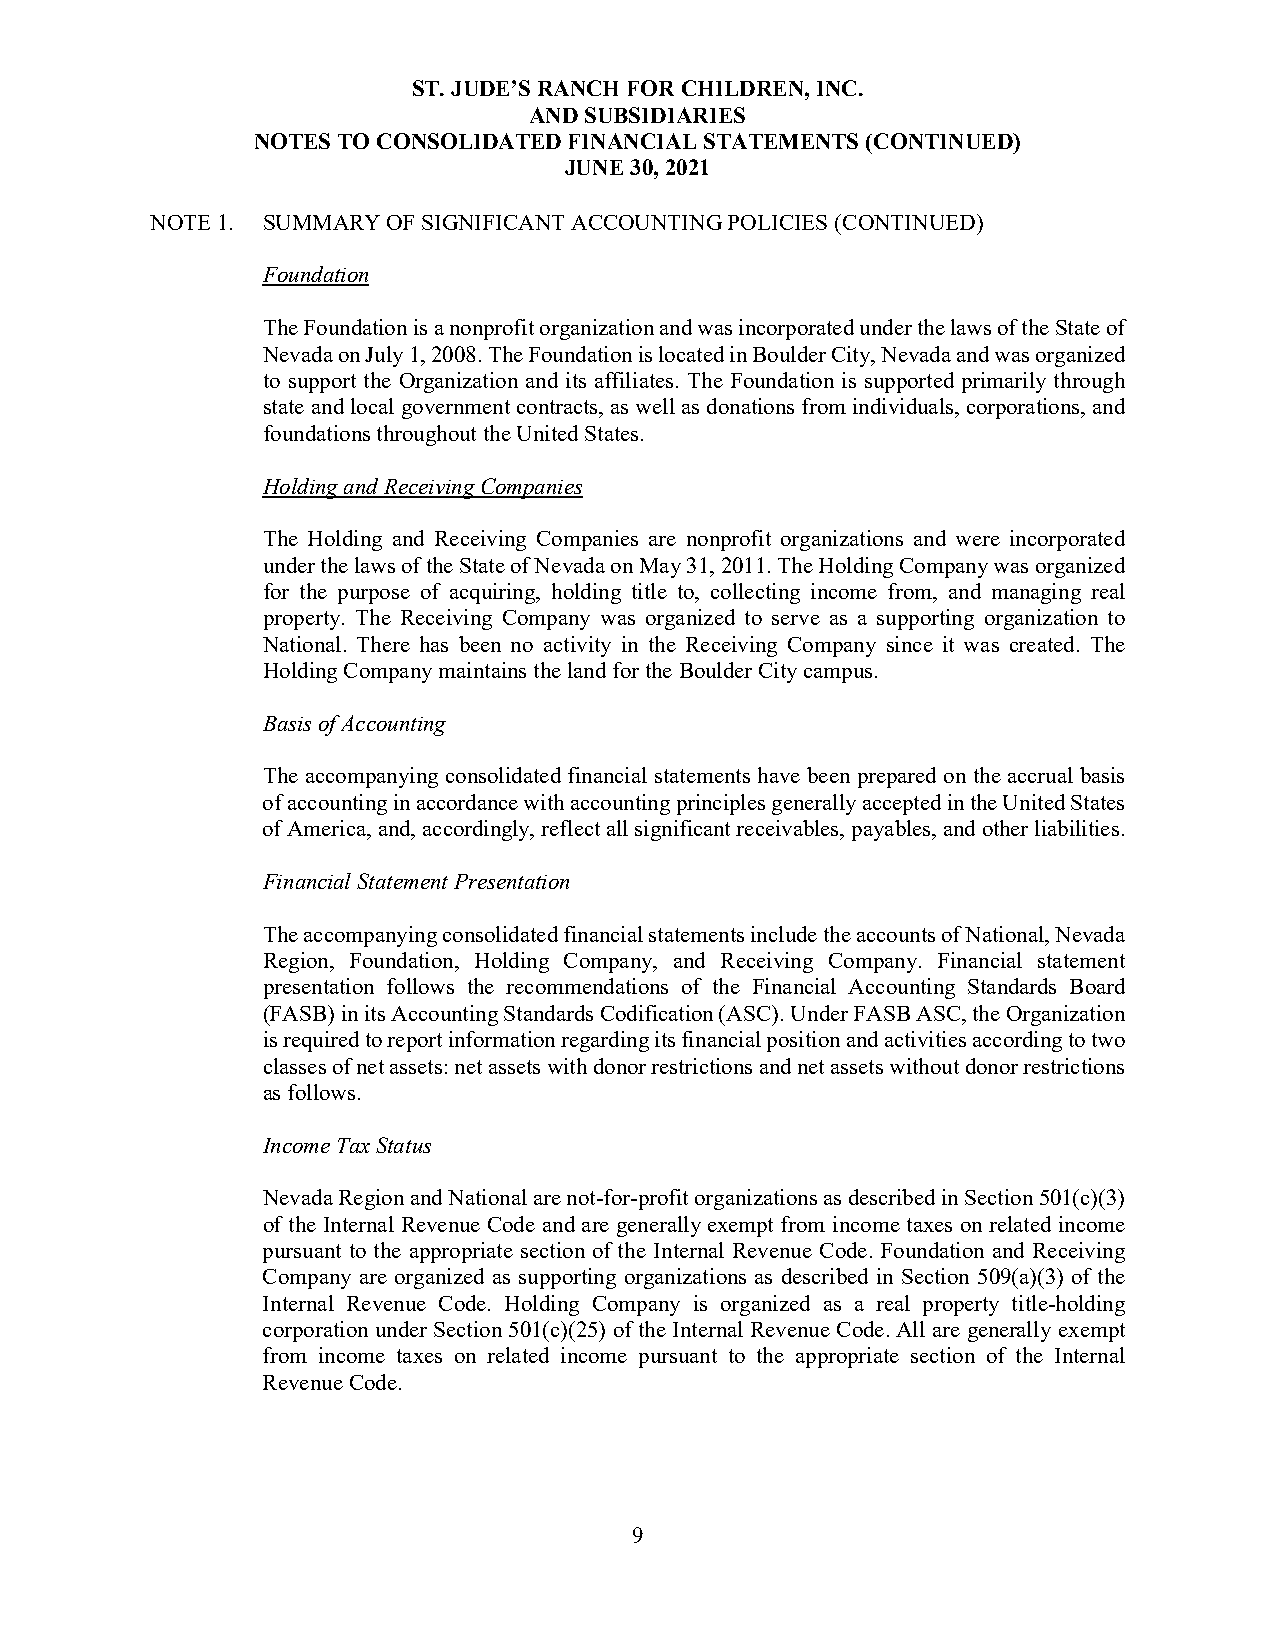
ST. JUDE’S RANCH FOR CHILDREN, INC.
 AND SUBSIDIARIES
 NOTES TO CONSOLIDATED FINANCIAL STATEMENTS (CONTINUED)
 JUNE 30, 2021
 NOTE 1. SUMMARY OF SIGNIFICANT ACCOUNTING POLICIES (CONTINUED)
 Foundation
 The Foundation is a nonprofit organization and was incorporated under the laws of the State of
 Nevada on July 1, 2008. The Foundation is located in Boulder City, Nevada and was organized
 to support the Organization and its affiliates. The Foundation is supported primarily through
 state and local government contracts, as well as donations from individuals, corporations, and
 foundations throughout the United States.
 Holding and Receiving Companies
 The Holding and Receiving Companies are nonprofit organizations and were incorporated
 under the laws of the State of Nevada on May 31, 2011. The Holding Company was organized
 for the purpose of acquiring, holding title to, collecting income from, and managing real
 property. The Receiving Company was organized to serve as a supporting organization to
 National. There has been no activity in the Receiving Company since it was created. The
 Holding Company maintains the land for the Boulder City campus.
 Basis of Accounting
 The accompanying consolidated financial statements have been prepared on the accrual basis
 of accounting in accordance with accounting principles generally accepted in the United States
 of America, and, accordingly, reflect all significant receivables, payables, and other liabilities.
 Financial Statement Presentation
 The accompanying consolidated financial statements include the accounts of National, Nevada
 Region, Foundation, Holding Company, and Receiving Company. Financial statement
 presentation follows the recommendations of the Financial Accounting Standards Board
 (FASB) in its Accounting Standards Codification (ASC). Under FASB ASC, the Organization
 is required to report information regarding its financial position and activities according to two
 classes of net assets: net assets with donor restrictions and net assets without donor restrictions
 as follows.
 Income Tax Status
 Nevada Region and National are not-for-profit organizations as described in Section 501(c)(3)
 of the Internal Revenue Code and are generally exempt from income taxes on related income
 pursuant to the appropriate section of the Internal Revenue Code. Foundation and Receiving
 Company are organized as supporting organizations as described in Section 509(a)(3) of the
 Internal Revenue Code. Holding Company is organized as a real property title-holding
 corporation under Section 501(c)(25) of the Internal Revenue Code. All are generally exempt
 from income taxes on related income pursuant to the appropriate section of the Internal
 Revenue Code.
 9